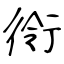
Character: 衑